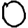
Digit: 0